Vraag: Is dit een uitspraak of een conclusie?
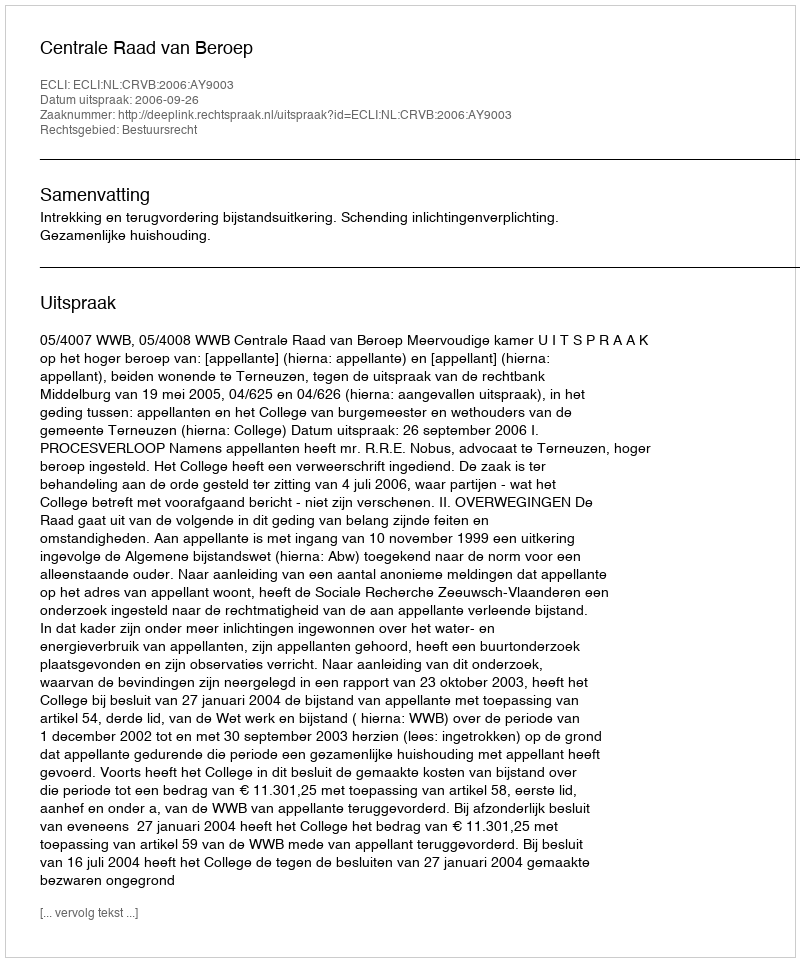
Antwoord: Uitspraak